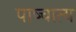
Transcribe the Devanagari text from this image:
पाष्चात्य